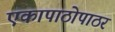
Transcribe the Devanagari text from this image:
एकापाठोपाठर